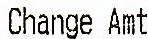
CHANGE AMT